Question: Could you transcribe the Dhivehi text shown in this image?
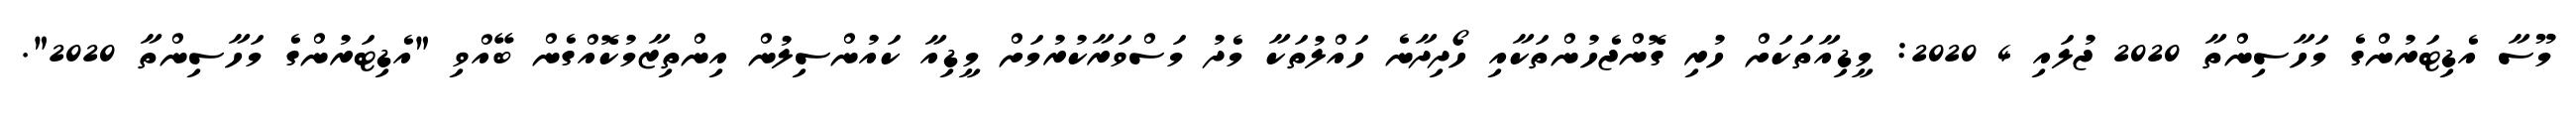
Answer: މޫސާ އެޑިޓަރުންގެ މަހާސިންތާ 2020 ޖުލައި 4 2020: މީޑިއާތަކަށް ހުރި ގޮންޖެހުންތަކާއި ހޯދިދާނެ ހައްލުތަކާ މެދު މަސްވަރާކުރުމަށް މީޑިއާ ކައުންސިލުން އިންތިޒާމުކޮއްގެން ބޭއްވި "އެޑިޓަރުންގެ މަހާސިންތާ 2020".